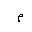
Letter: _mim